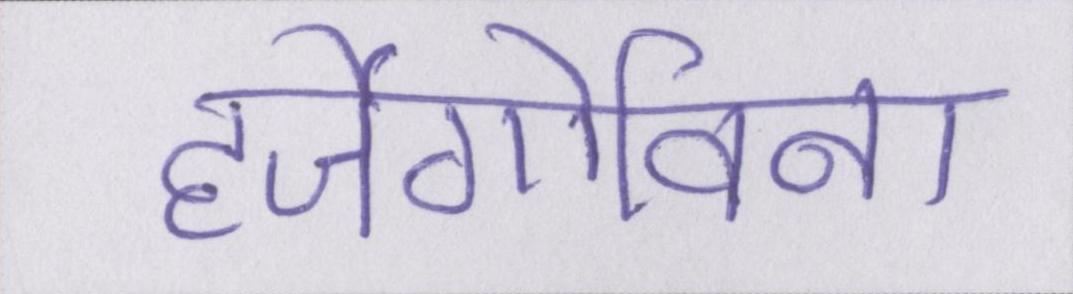
हर्जेगोविना